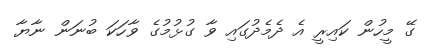
ގޭ މީހުން ކައިރީ އެ ދެމެދުގައި ވާ ގުޅުމުގެ ވާހަކަ ބުނަން ނާޔާ